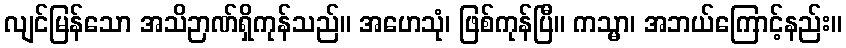
လျင်မြန်သော အသိဉာဏ်ရှိကုန်သည်။ အဟေသုံ၊ ဖြစ်ကုန်ပြီ။ ကသ္မာ၊ အဘယ်ကြောင့်နည်း။